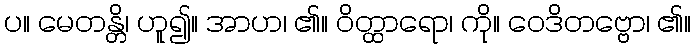
ပ။ မေတန္တိ၊ ဟူ၍။ အာဟ၊ ၏။ ဝိတ္ထာရော၊ ကို။ ဝေဒိတဗ္ဗော၊ ၏။